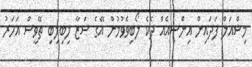
މިޝްއަލް ފަދައިން އިންސިއެއް ދެކެ ލޯބިވެވުމުން އޭގެ ސަޒާ ލިބިލިބި ތޭވީސް އަހަރު